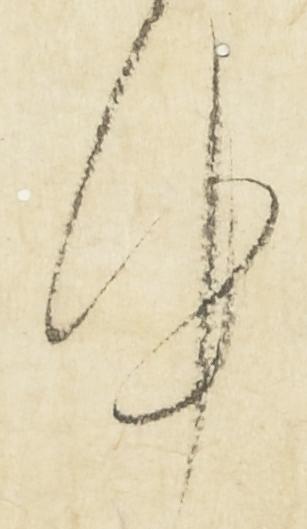
件